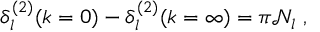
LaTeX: \delta _ { l } ^ { ( 2 ) } ( k = 0 ) - \delta _ { l } ^ { ( 2 ) } ( k = \infty ) = \pi { \mathcal N } _ { l } \; ,